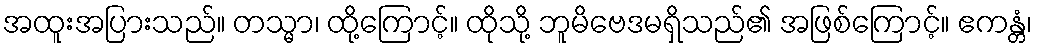
အထူးအပြားသည်။ တသ္မာ၊ ထို့ကြောင့်။ ထိုသို့ ဘူမိဗေဒမရှိသည်၏ အဖြစ်ကြောင့်။ ဧကန္တံ၊